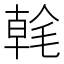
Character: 㲦